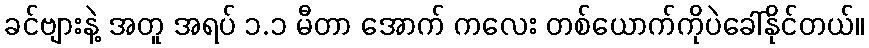
ခင်ဗျားနဲ့ အတူ အရပ် ၁.၁ မီတာ အောက် ကလေး တစ်ယောက်ကိုပဲခေါ်နိုင်တယ်။